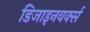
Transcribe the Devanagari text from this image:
डिजाइनवर्क्स